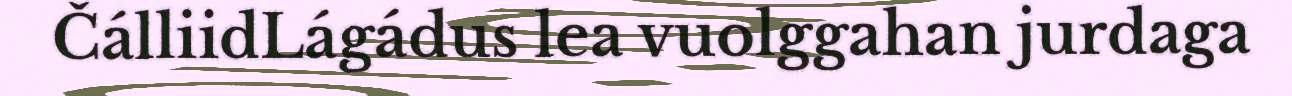
ČálliidLágádus lea vuolggahan jurdaga